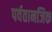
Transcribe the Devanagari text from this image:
पर्वतानजिक